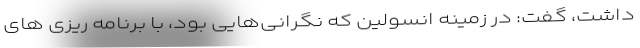
داشت، گفت: در زمینه انسولین که نگرانی‌هایی بود، با برنامه ریزی های